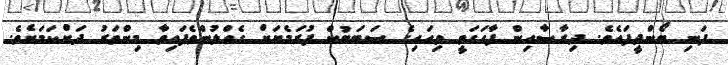
ފަނި ބޯންދީފައެވެ. ދިރާސާއިން ފާހަގަވީ ވިހައިގެ ސަބަބުން ފުރަމެޔަށް ގެއްލުންވެފައިވާ މިންވަރު ދަށްކަމަށެވެ.